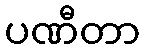
ပဏီတာ